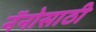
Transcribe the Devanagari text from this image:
नॅनोसाठी